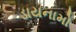
ડાયનામો